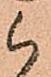
候